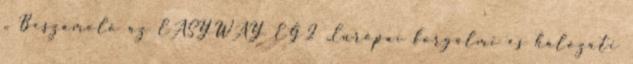
„ Beszámoló az EASYWAY EG2 „Európai forgalmi és hálózati